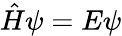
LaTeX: {\hat{H}}\psi=E\psi